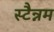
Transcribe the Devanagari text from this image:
स्टैन्नम